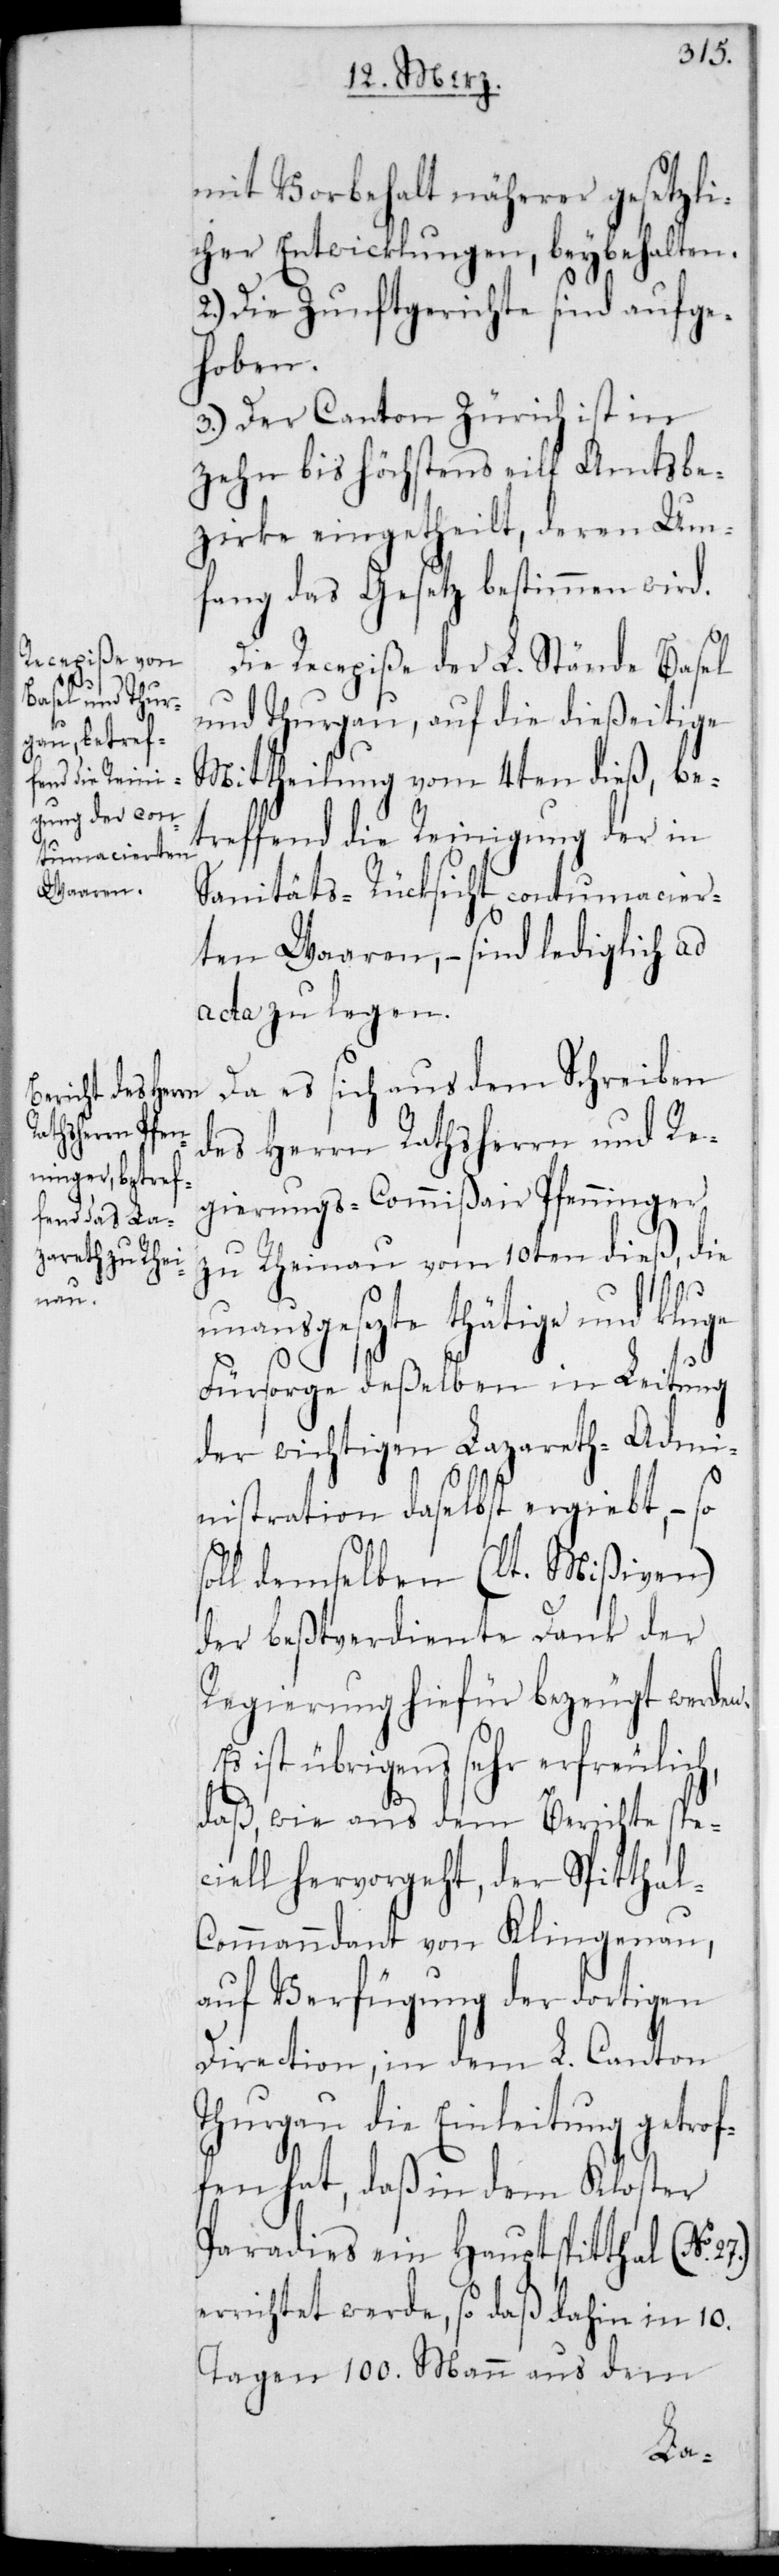
mit Vorbehalt näherer gesetzli¬
cher Entwicklungen, beybehalten.
2.) Die Zunftgerichte sind aufge¬
hoben.
3.) Der Canton Zürich ist in
zehn bis höchstens elf Amtsbe¬
zirke eingetheilt, deren Um¬
fang das Gesetz bestimmen wird.
Die Recepiße der L. Stände Basel
und Thurgau, auf die dießeitige
Mittheilung vom 4ten dieß, be¬
treffend die Reinigung der in
Sanitäts-Rücksicht contumacier¬
ten Waaren, – sind lediglich ad
acta zu legen.
Da es sich aus dem Schreiben
des Herrn Rathsherrn und Re¬
gierungscommißair Pfenninger
zu Rheinau vom 10ten dieß, die
unausgesezte tätige
Fürsorge deßelben in Leitung
der wichtigen Lazareth-Admi¬
nistration daselbst ergiebt, – so
soll demselben (lt. Mißiven)
der beßtverdiente Dank der
Regierung hiefür bezeugt werden.
Es ist übrigens sehr erfreulich,
daß wie aus dem Berichte spe¬
ciell hervorgeht, der Spial¬
commandant von Klingnau,
auf Verfügung der dortigen
Direction, in dem L. Canton
Thurgau die Einleitung getrof¬
fen hat, daß in dem Kloster
Paradies ein Hauptspitthal (No.
richtet werde, so daß dahin in 10.
Tagen 100. Mann aus dem
er¬